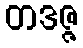
တဒဇ္ဇ